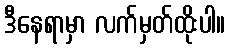
ဒီနေရာမှာ လက်မှတ်ထိုးပါ။